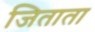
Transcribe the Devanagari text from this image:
जिताता